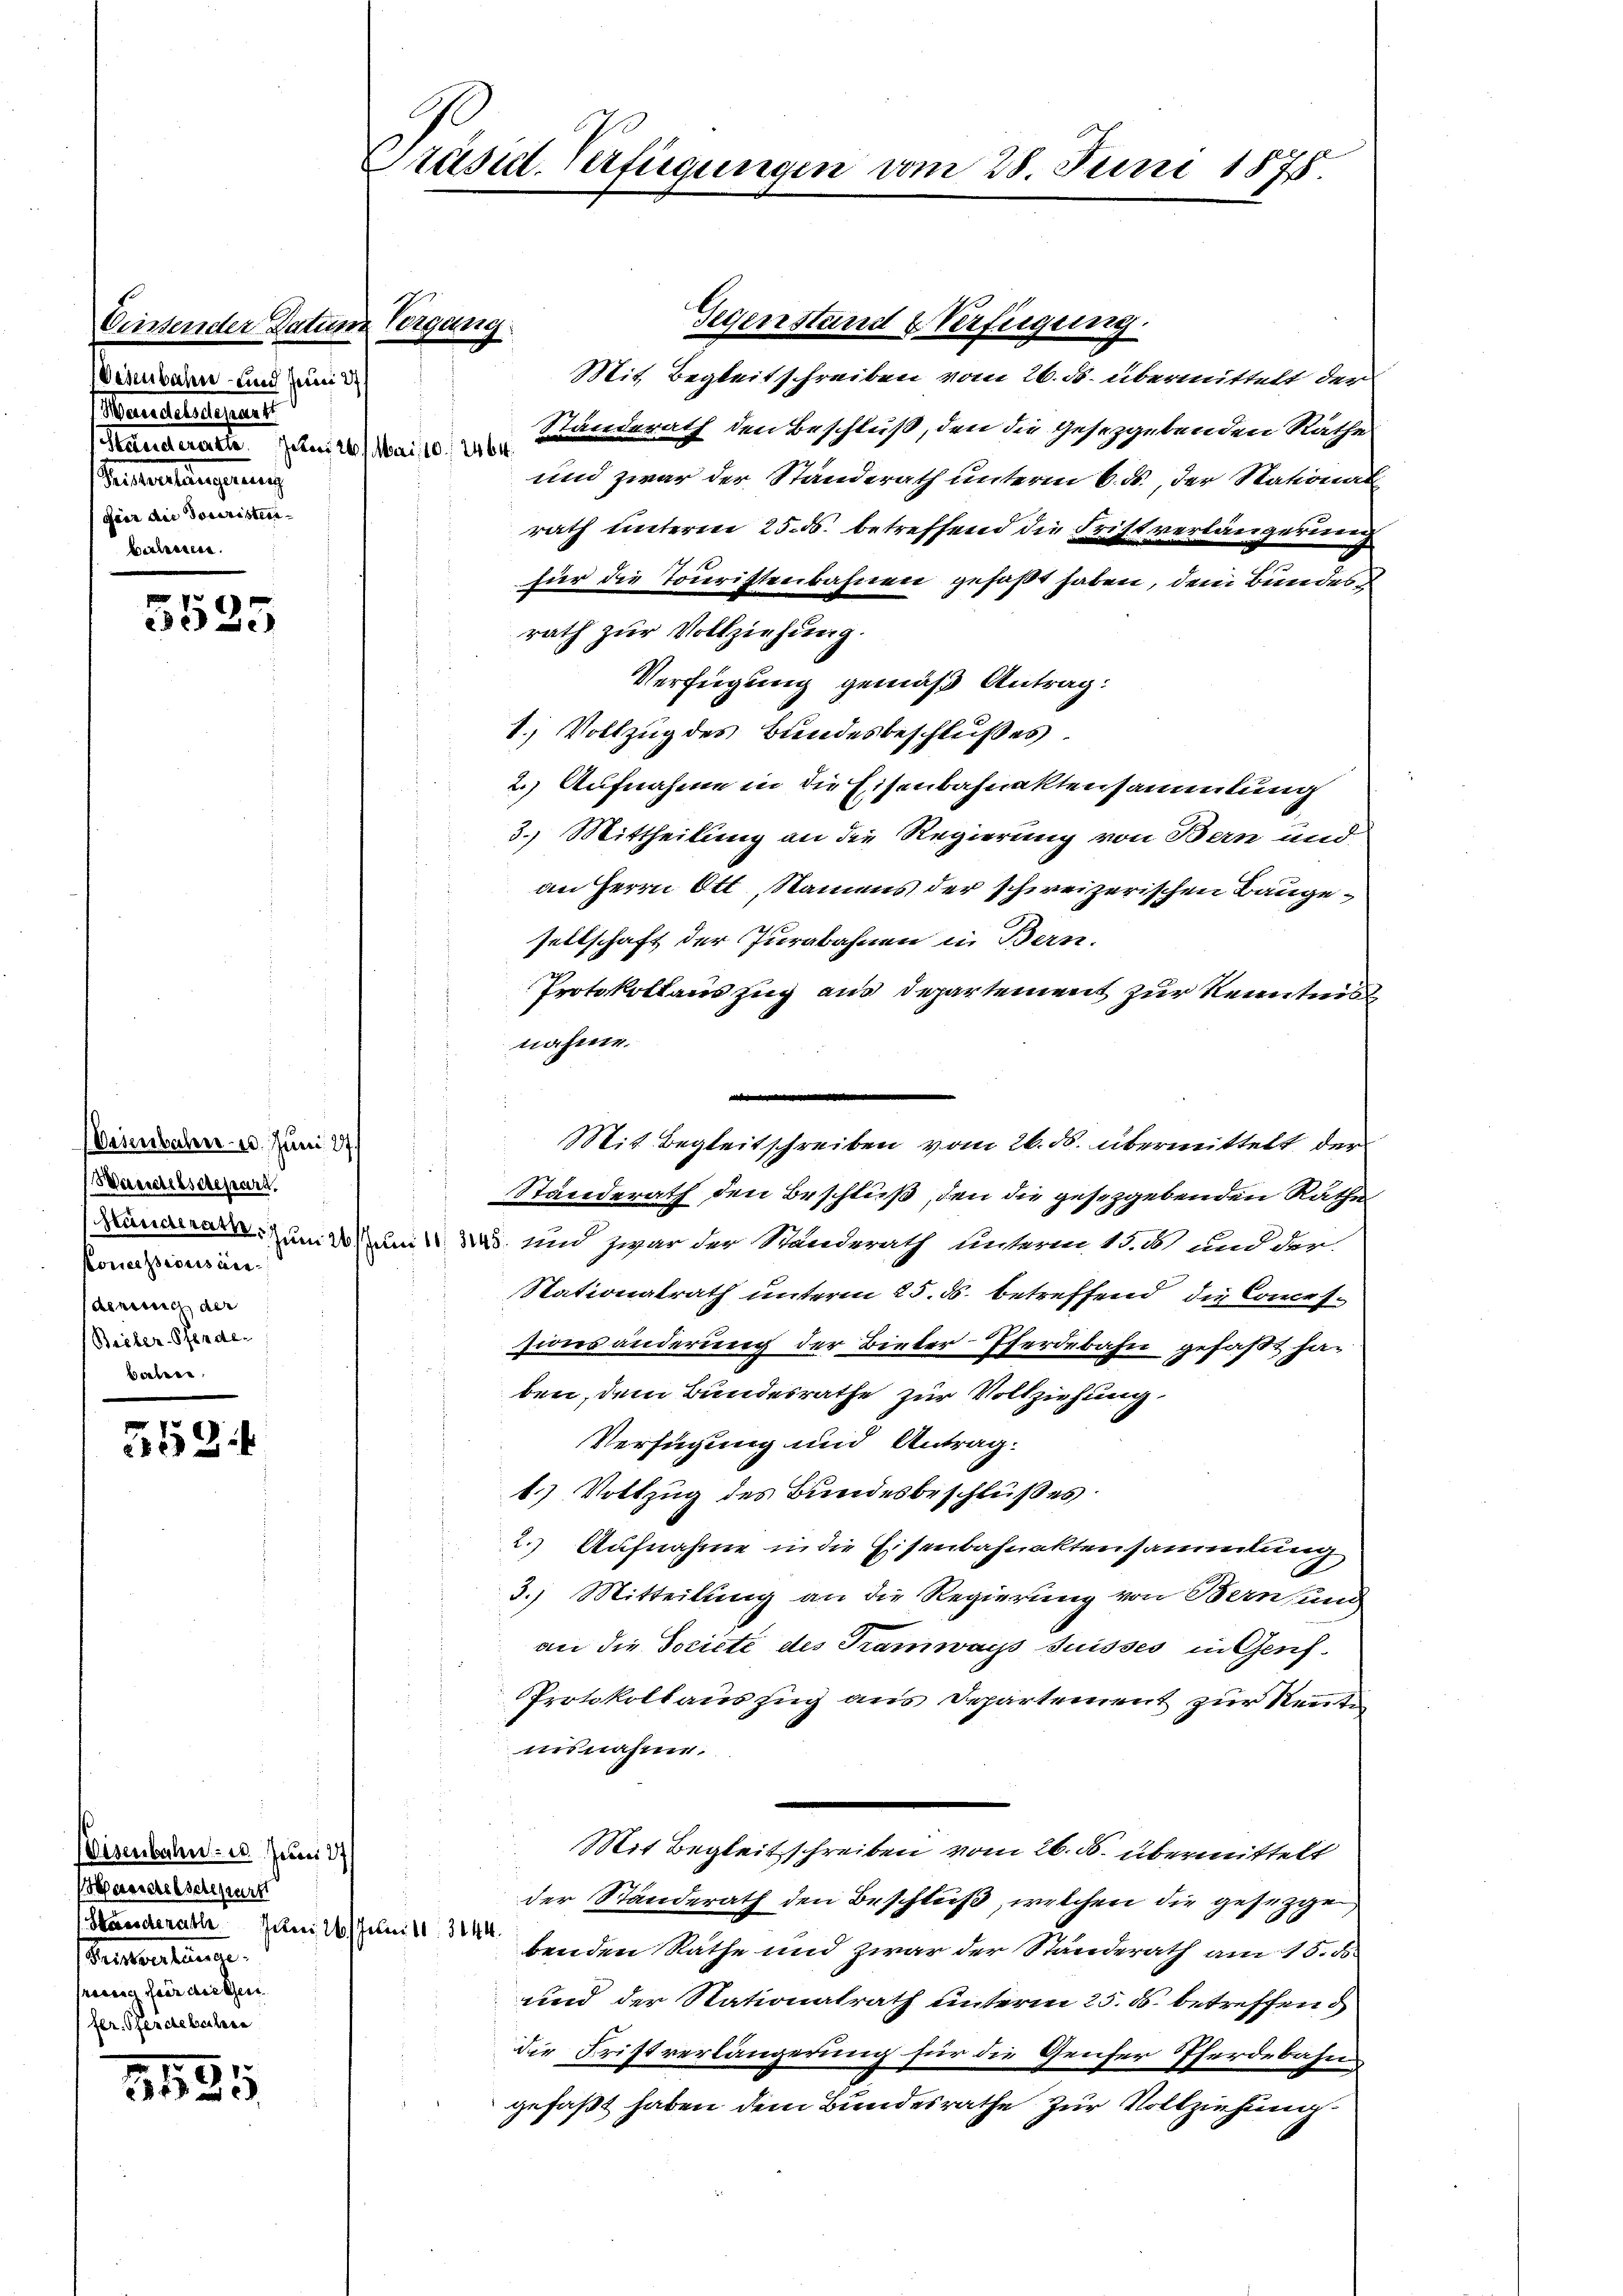
Einsender Datum Vorgang
Desbahn- und Juni 2
Wandelsdepart
Manderart Juni 20. Mai 10./2464.
Senterlangerung
gair die Touristeriberlesen.

3525

Gegenstand & Verfügung.
Mit Begleitschreiben vom 26. ds. übermittelt der
Standerath den Beschluß, den die gesezgebenden Rathes
und zwar der Standerath unterm 6. ds., der Stational
rath unterm 25. ds. betreffend die Fristverlängerung
für die Touristenbahnen gefaßt haben, dem Bundes d
rath zur Vollziehung.
Verfügung gemäß Antrag:
1.) Vollzug des Bundesbeschlußes.
2.) Aufnahme in die Eisenbahnaktensammlung
3.) Mittheilung an die Regierung von Bern und
an Herrn Ott, Namens der schweizerischen Baugesellschaft der Jurabahnen in Bern.
Protokollauszug aus Departement zur Kenntnis
nähme.
n
Mit Begleitschreiben vom 26. ds. übermittelt der
Standerath den Beschluß, den die gesetzgebenden Rathe
Kunaerar. Juni 16/m 11 345. und zwar der Standerath unterm 15. 20 und der
Nationalrath unterm 25. ds. betreffend die Concessionsänderung der Bieter Pferdebahn gefaßt han
ben, dem Bundesrathe zur Vollziehung.
Verfügung und Antrag.
1.) Vollzug des Bundesbeschlußes
2.) Aufnahme in die Eisenbahnaktensammlung
3.) Mitteilung an die Regierung von Bern, und
an die Societe des Tramways suisses in Genf¬
Protokollauszug aus Departement zur Neunte
uisnahme.
Mit Begleitschreiben vom 26. ds. übermittelt
der Ständerath den Beschluß, welchen die gesezge
benden Rathe und zwar der Standerath am 15. d.
und der Stationalrath unterm 25. ds. betreffend
die Fristverlängerung für die Genfer Pferdebahn
gefaßt haben dem Bundesrathe zur Vollziehung

Wesenbahn 18. Juni 87.
Wandelsdepart.
Konceptions niederich der
(Bieler-Pferde.
bahren.

1
1

isenbahn- u. Juni 27
Basseretschepart
(Heeres derath Juni 16 Juni 18. 3044.
Senterstine.
fregung für die Gen
fer. Pferdebahre

.
3525

Präsid. Verfügungen vom 28. Juni 1875